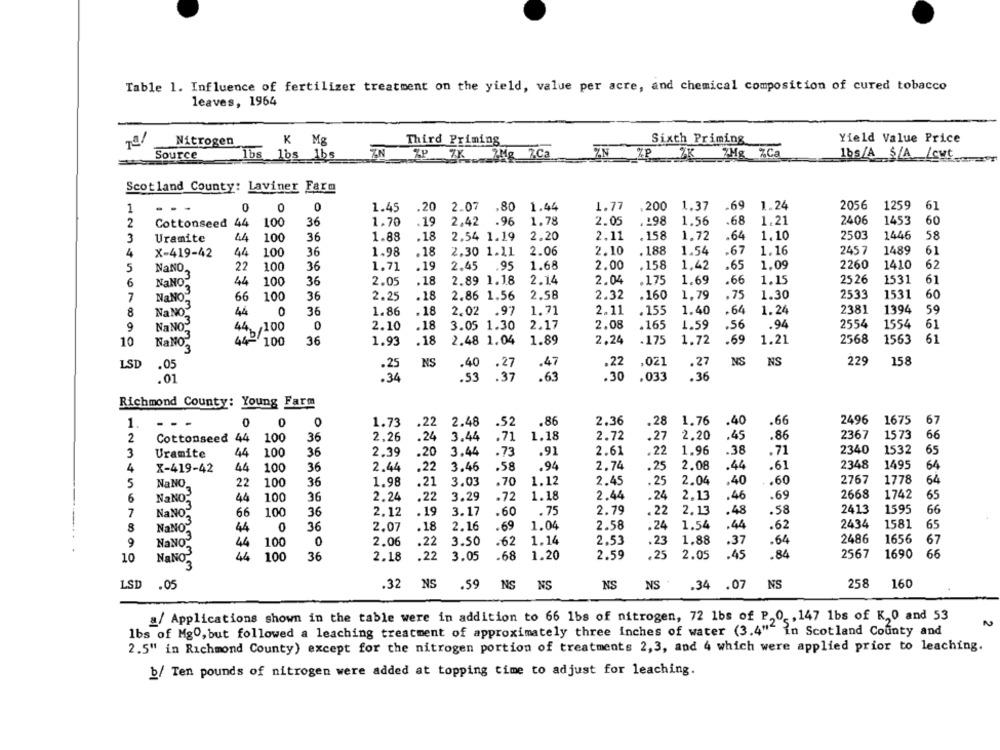
Table 1. Influence of fertilizer treatment on the yield, value per acre, and chemical composition of cured tobacco
leaves, 1964
Nitrogen
K Mg
Third Priming
Sixth Priming
Yield Value Price
Source
lbs lbs 1bs
ZN
ZP ZK 7Mg 7.Ca
ZN ZP %K 7Mg %Ca
1bs/A S/A /cut
Scotland County: Laviner Farm
1
0
0
1.45
.20
2.07 .80
.80
1.44
1.77
,200
1.37
.69
1.24
2056
1259
61
2
Cottonseed 44
100
36
1.70
.19
2,42
.96
1.78
2.05
.198
1.56
.68
1,21
2406
1453
60
3
Uramite
44
100
36
1.88
.18
2.54 1.19
2.20
2,11
.158
1.72
.64
1,10
2503
1446
58
4
X-419-42
44
100
36
1.98
.18
2.30 1.11
2.06
2.10
.188
1.54
.67
1.16
2457
1489
61
5
NaNO
22
100
36
1.71
.19
2.45
.95
1.68
2.00
.158
1.42
.65
1.09
2260
1410
62
NaNO
03
6
44
100
36
2.05
.18
2.89 1.18
2.14
2.04
.175
1.69
66
1.15
2526
1531
61
3
7
NaNO"
66
100
36
2.25
.18
2.86 1.56
2.58
2.32
.160
1,79
.75
1.30
2533
1531
60
8
NaNO"
44
0
36
1.86
.18
2.02 .97
1.71
2.11
. 155
1.40
.64
1.24
2381
1394
NaNOS
9
44 /100
0
2.10
.18
3.05 1.30
2.17
2.08
.165
1.59
.56
.94
2554
1554
61
10
NaNO
44-100
36
1.93
.18
2.48 1.04
1.89
2,24
-175
1.72
.69
1.21
2568
1563
61
NS
229
158
LSD
.05
.25
NS
40 .27
.47
.22
,021
.27
NS
.30
.01
.34
.53
. 37
.63
.033
.36
Richmond County: Young Farm
.86
2.36
.28
1.76
.40
.66
2496
1675
67
1.
- - -
0
0
1.73
.22
2.48
.52
2.26
.24
1.18
2.72
2.20
.45
2367
1573
66
2
Cottonseed 44
100
36
3.44
.71
.27
.86
2.61
.22
1.96
.38
2340
1532
3
Uramite
44
100
36
2.39
.20
3.44
.73
.91
.71
65
.94
2.74
2.08
.44
.61
2348
1495
4
X-419-42
44
100
36
2.44
,22
3.46
.58
.25
64
3.03
1.12
2.45
.25
2.04
,40
2767
1778
64
5
NaNO.
22
100
36
1.98
.21
.70
.60
NaNO:
3.29
1.18
2.44
.24
.46
.69
2668
1742
6
44
100
36
2.24
.22
.72
2.13
65
NaNO"
3
3.17
. 75
2.79
22
2,13
.48
.58
2413
1595
66
7
66
100
36
2.12
.19
.60
NaNO"
13
0
.18
2.16
.69
1.04
2.58
.24
1.54
.44
2434
1581
65
8
44
36
2.07
.62
NaNOS
.22
3.50
1.14
2.53
.23
1.88
.37
2486
1656
9
100
0
2.06
.62
.64
67
NaNO
44
.22
3.05
.68
1.20
2.59
.25
2.05
.45
.84
2567
1690
65
10
100
36
2.18
3
LSD
.05
.32 NS
.59
NS
NS
NS
NS
NS
258
160
.34
.07
a/ Applications shown in the table were in addition to 66 1bs of nitrogen, 72 1bs of P,0, 147 1bs of K,0 and 53
lbs of Mg0, but followed a leaching treatment of approximately three inches of water (3.4"" in Scotland County and
2.5" in Richmond County) except for the nitrogen portion of treatments 2,3, and 4 which were applied prior to leaching.
b/ Ten pounds of nitrogen were added at topping time to adjust for leaching.